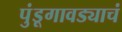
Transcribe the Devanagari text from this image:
पुंडूगावड्याचं